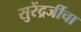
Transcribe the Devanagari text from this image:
सुरेंद्रजींचा